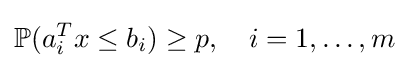
\mathbb {P} (a_{i}^{T}x\leq b_{i})\geq p,\quad i=1,\dots ,m